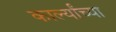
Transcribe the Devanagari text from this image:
कार्ल्यांच्या